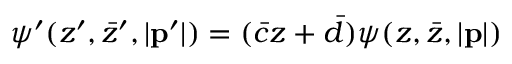
\psi ^ { \prime } ( z ^ { \prime } , \bar { z } ^ { \prime } , | { \bf p } ^ { \prime } | ) = ( \bar { c } z + \bar { d } ) \psi ( z , \bar { z } , | { \bf p } | )